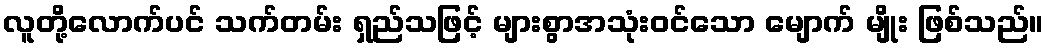
လူတို့လောက်ပင် သက်တမ်း ရှည်သဖြင့် များစွာအသုံးဝင်သော မျောက် မျိုး ဖြစ်သည်။